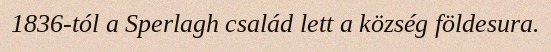
1836-tól a Sperlagh család lett a község földesura.